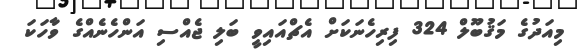
މިއަދުގެ މަޤުބޫލް 324 ފިރިހެނަކަށް އެޗްއައިވީ ބަލި ޖެއްސި އަންހެނެއްގެ ވާހަކަ